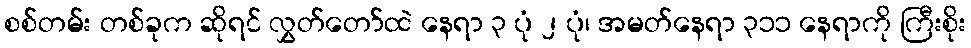
စစ်တမ်း တစ်ခုက ဆိုရင် လွှတ်တော်ထဲ နေရာ ၃ ပုံ ၂ ပုံ၊ အမတ်နေရာ ၃၁၁ နေရာကို ကြီးစိုး